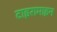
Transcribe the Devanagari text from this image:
टाइरामाइन